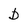
Character: b